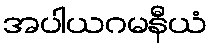
အပါယဂမနီယံ